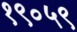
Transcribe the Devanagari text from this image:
१९०५९